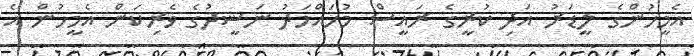
އެމީހުންގެ ލީޑަރު އަދި ކުރީގެ ރައީސް މުހައްމަދު ނަޝީދުގެ ވެރިކަން އެމީހުން އެ